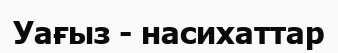
Уағыз - насихаттар